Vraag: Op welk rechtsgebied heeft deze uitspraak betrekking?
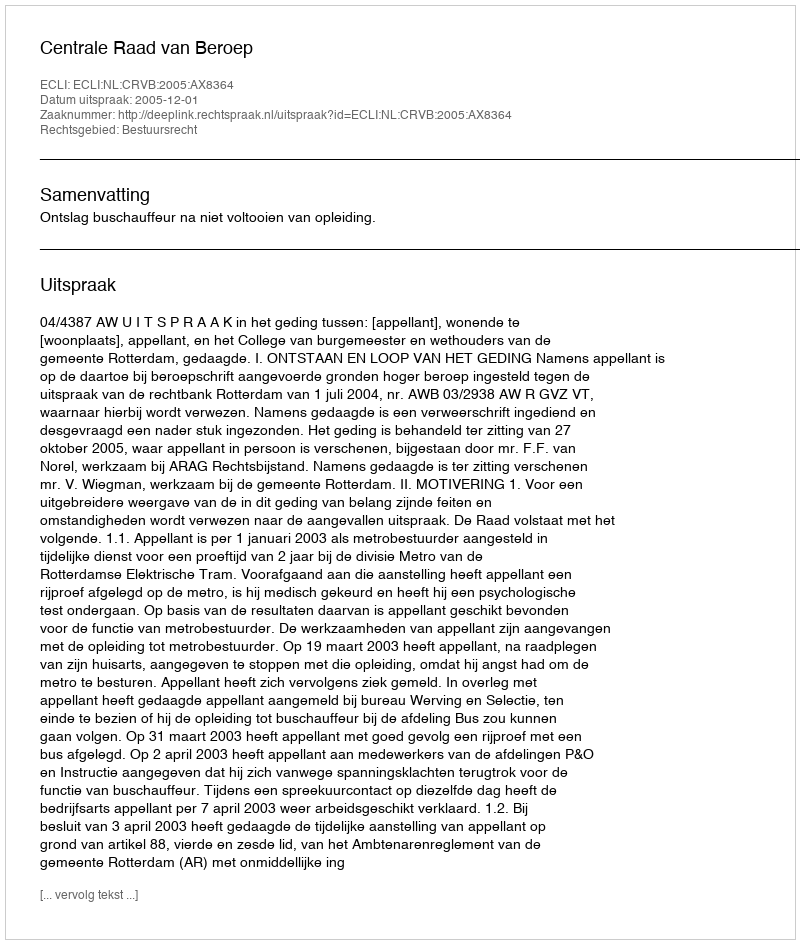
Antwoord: Bestuursrecht